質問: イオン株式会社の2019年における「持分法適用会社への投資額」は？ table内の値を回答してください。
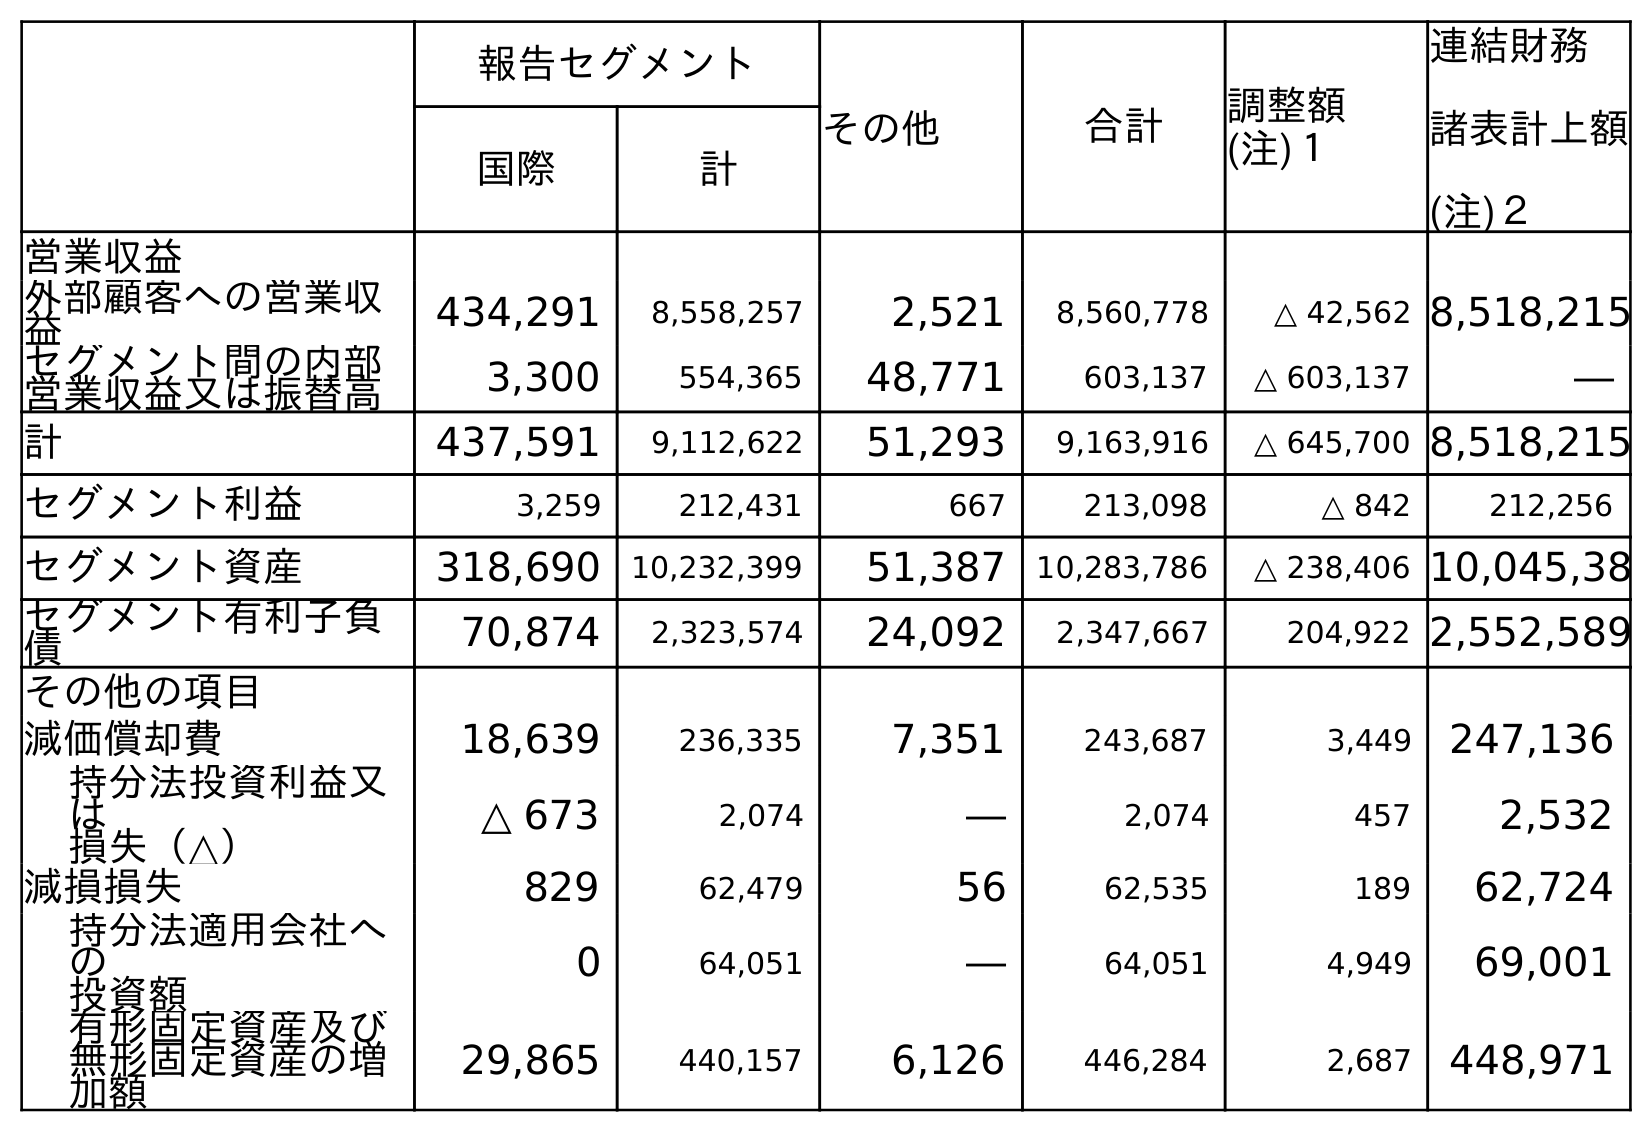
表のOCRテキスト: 報告セグメント その他 合計 調整額 (注)１ 連結財務 諸表計上額 (注)２ 国際 計 営業収益 外部顧客への営業収 益 434,291 8,558,257 2,521 8,560,778 △ 42,562 8,518,215 セグメント間の内部 営業収益又は振替高 3,300 554,365 48,771 603,137 △ 603,137 ― 計 437,591 9,112,622 51,293 9,163,916 △ 645,700 8,518,215 セグメント利益 3,259 212,431 667 213,098 △ 842 212,256 セグメント資産 318,690 10,232,399 51,387 10,283,786 △ 238,406 10,045,38 セグメント有利子負 債 70,874 2,323,574 24,092 2,347,667 204,922 2,552,589 その他の項目 減価償却費 18,639 236,335 7,351 243,687 3,449 247,136 持分法投資利益又 は 損失（△） △ 673 2,074 ― 2,074 457 2,532 減損損失 829 62,479 56 62,535 189 62,724 持分法適用会社へ の 投資額 0 64,051 ― 64,051 4,949 69,001 有形固定資産及び 無形固定資産の増 加額 29,865 440,157 6,126 446,284 2,687 448,971
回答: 69,001